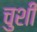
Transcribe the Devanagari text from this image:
चुशी